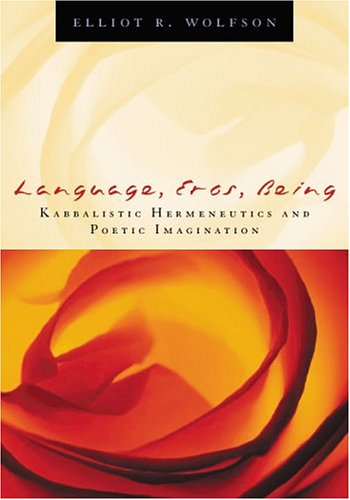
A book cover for Language, Eros, Being: Kabbalistic Hermeneutics and Poetic Imagination; Elliot  R. Wolfson; Religion & Spirituality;